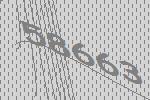
58663